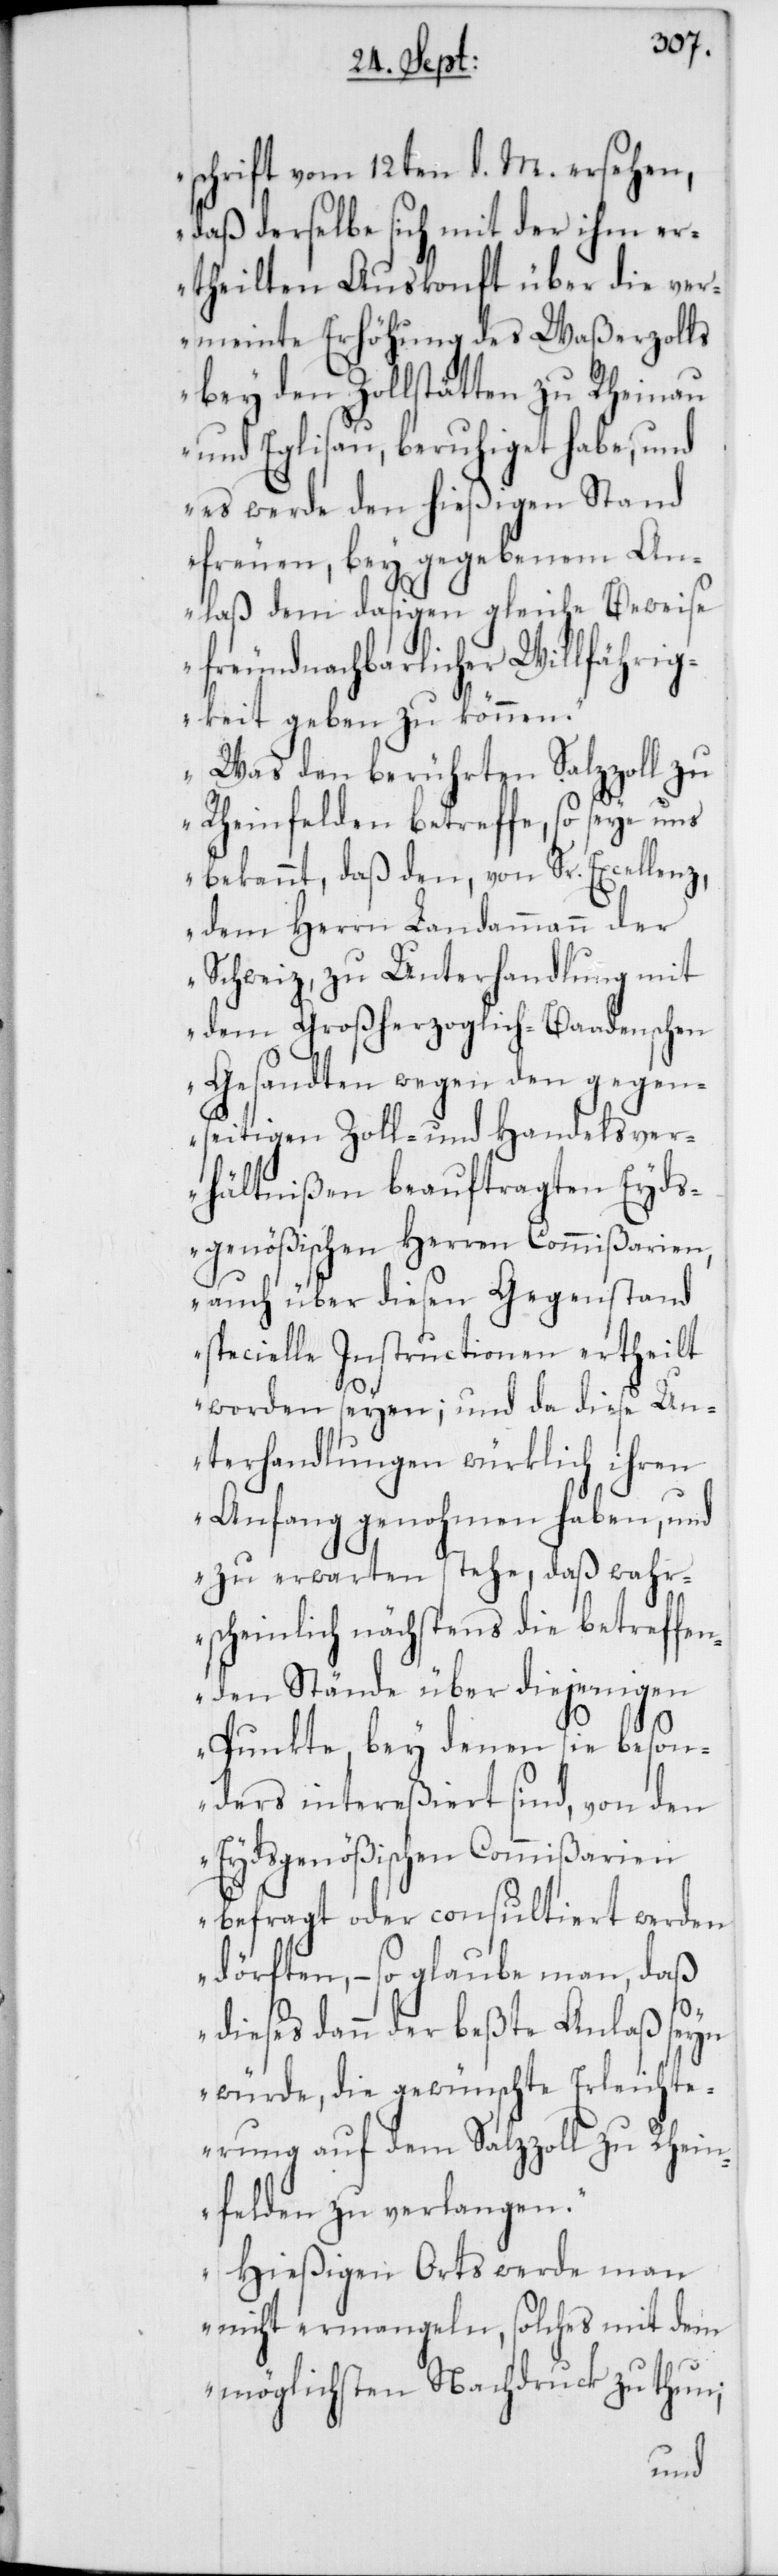
schrift vom 12ten d. M. ersehen,
daß derselbe sich mit der ihm e¬
rtheilten Auskonft über die ver¬
meinte Erhöhung des Waßerzolls
bey den Zollstätten zu Rheinau
und Eglisau, beruhiget habe, und
es werde den hießigen Stand
freuen, bey gegebenem An¬
laß dem dasigen gleiche Beweise
freundnachbarlicher Willfährig¬
keit geben zu können.
Was den berührten Salzzoll zu
Rheinfelden betreffe, so seye uns
bekannt, daß den, von Sr. Excellenz,
dem Herrn Landammann der
Schweiz, zu Unterhandlung mit
dem Großherzoglich-Baadenschen
Gesandten wegen den gegen¬
seitigen Zoll- und Handelsver¬
hältnißen beauftragten Eyds¬
genößischen Herren Commißarien,
auch über diesen Gegenstand
specielle Instructionen ertheilt
worden seyen; und da diese Un¬
terhandlungen würklich ihren
Anfang genohmen haben, und
zu erwarten stehe, daß wahr¬
scheinlich nächstens die betreffen¬
den Stände über diejenigen
Punkte, bey denen sie beson¬
ders intereßiert sind, von den
Eydsgenößischen Commißarien
befragt oder consultiert werden
dörften, – so glaube man, daß
dieses dann der beste Anlaß seyn
würde, die gewünschte Erleichte¬
rung auf dem Salzzoll zu Rhein¬
felden zu verlangen.
Hießigen Orts werde man
nicht ermangeln, solches mit dem
möglichsten Nachdruck zu thun;